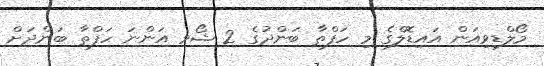
މޯލްޑިވިއަން އައިޑޮލްގެ މި ހަފްތާ ބަންދުގެ 2 ޝޯވ އަންނަ ހަފްތާ ބަންދަށް